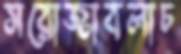
সরোজাবলাচ